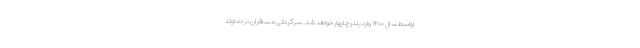
اواسط سال ۱۴۰۰ وارد بندر چابهار خواهد شد. سرگردانی مسافران در دماوند